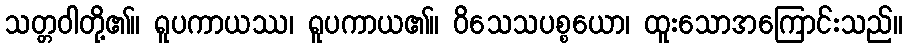
သတ္တဝါတို့၏။ ရူပကာယဿ၊ ရူပကာယ၏။ ဝိသေသပစ္စယော၊ ထူးသောအကြောင်းသည်။